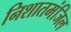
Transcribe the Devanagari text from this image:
निशातमंजिल